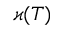
\varkappa ( T )